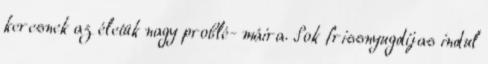
keresnek az életük nagy problé- máira. Sok frissnyugdíjas indul